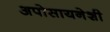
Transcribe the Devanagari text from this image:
अपोसायनेशी